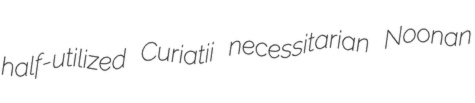
half-utilized Curiatii necessitarian Noonan